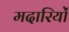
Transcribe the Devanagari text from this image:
मदारियों